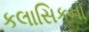
કલાસિકના